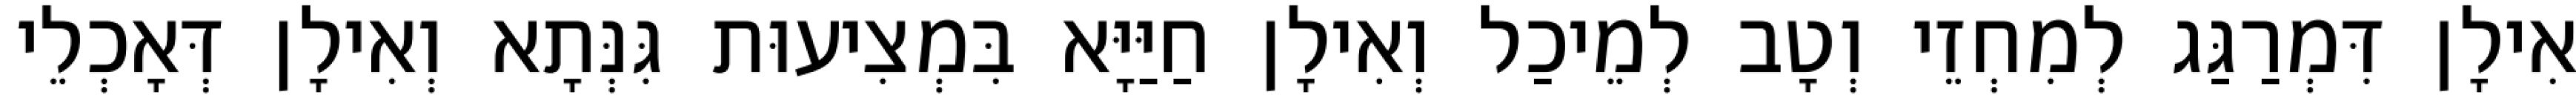
אִילָן דִּמְרַגַּג לְמִחְזֵי וְטָב לְמֵיכַל וְאִילָן חַיַּיָּא בִּמְצִיעוּת גִּנְּתָא וְאִילָן דְּאָכְלֵי